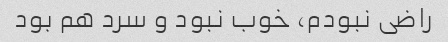
راضی نبودم، خوب نبود و سرد هم بود